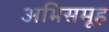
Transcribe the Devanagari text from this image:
अभिसमूह